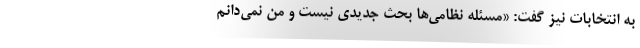
به انتخابات نیز گفت: «مسئله نظامی‌ها بحث جدیدی نیست و من نمی‌دانم